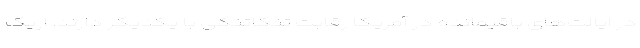
در ایالت‌های باقیمانده در آمریکا رقابت تنگاتنگی با یکدیگر دارند. اریک